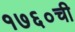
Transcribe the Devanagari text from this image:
१७६०ची